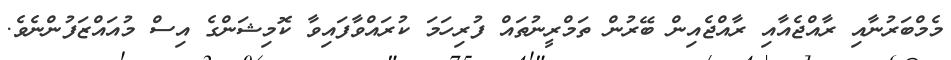
މެމްބަރުނާއި ރާއްޖެއާއި ރާއްޖެއިން ބޭރުން ތަމްރީނުތައް ފުރިހަމަ ކުރައްވާފައިވާ ކޮމިޝަންގެ އިސް މުއައްޒަފުންނެވެ.